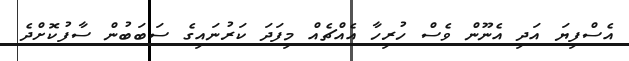
އެސްފިޔަ އަދި އެނޫން ވެސް ހުރިހާ އެއްޗެއް މިފަދަ ކަރުނައިގެ ސަބަބުން ސާފުކޮށްދެ